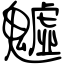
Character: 魖